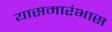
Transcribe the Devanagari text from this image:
यासमारंभास